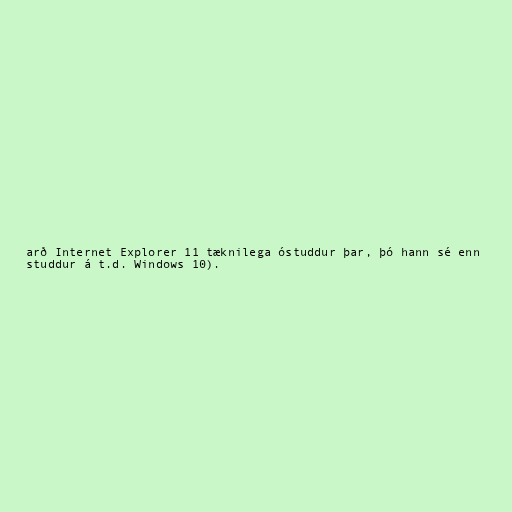
arð Internet Explorer 11 tæknilega óstuddur þar, þó hann sé enn
studdur á t.d. Windows 10).